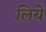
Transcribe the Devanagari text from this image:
लियेे